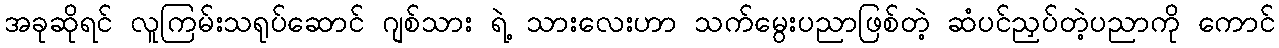
အခုဆိုရင် လူကြမ်းသရုပ်ဆောင် ဂျစ်သား ရဲ့ သားလေးဟာ သက်မွေးပညာဖြစ်တဲ့ ဆံပင်ညှပ်တဲ့ပညာကို ကောင်